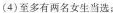
(4)多有两名女生当选；